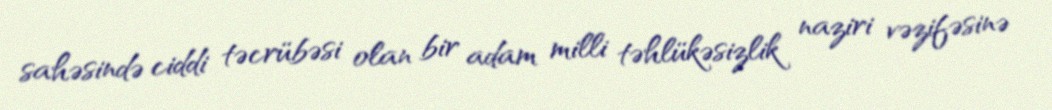
sahəsində ciddi təcrübəsi olan bir adam milli təhlükəsizlik naziri vəzifəsinə